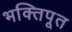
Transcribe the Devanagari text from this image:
भक्तिपूत